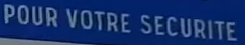
POUR VOTRE SECURITE